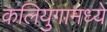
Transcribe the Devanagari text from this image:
कलियुगामध्ये